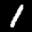
Label: 1